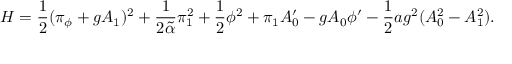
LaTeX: { \cal H } = { \frac { 1 } { 2 } } ( \pi _ { \phi } + g A _ { 1 } ) ^ { 2 } + { \frac { 1 } { 2 \tilde { \alpha } } } \pi _ { 1 } ^ { 2 } + { \frac { 1 } { 2 } } \phi ^ { 2 } + \pi _ { 1 } A _ { 0 } ^ { \prime } - g A _ { 0 } \phi ^ { \prime } - { \frac { 1 } { 2 } } a g ^ { 2 } ( A _ { 0 } ^ { 2 } - A _ { 1 } ^ { 2 } ) .